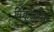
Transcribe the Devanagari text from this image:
विक्चुअलिंग